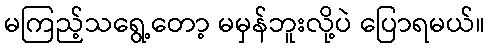
မကြည့်သရွေ့တော့ မမှန်ဘူးလို့ပဲ ပြောရမယ်။